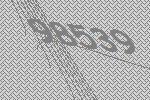
98539